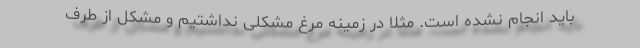
باید انجام نشده است. مثلاً در زمینه مرغ مشکلی نداشتیم و مشکل از طرف